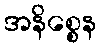
အနိစ္စေန